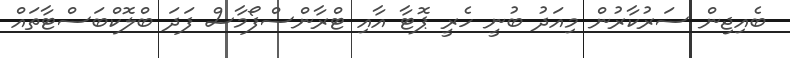
ބެއިޖިން ސަރުކާރުން މިއަދު ބުނީ ހެރީ ޕޮޓާ އާއި ޓްރާންސްފޯމާސް ފަދަ ބްލޮކްބަސްޓާތައް